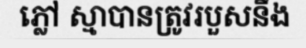
ភ្លៅ ស្មាបានត្រូវរបួសនឹង